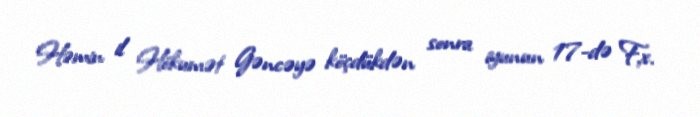
Həmin il Hökumət Gəncəyə köçdükdən sonra iyunun 17-də F.x.